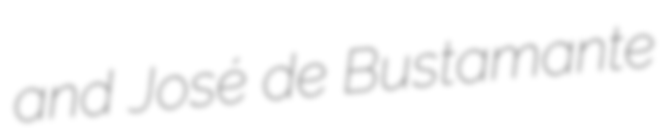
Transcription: and José de Bustamante